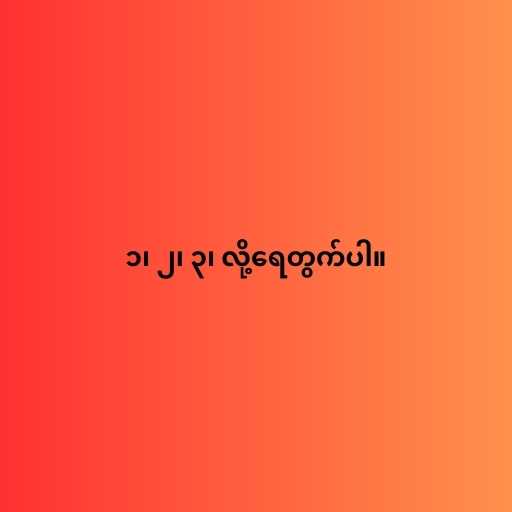
၁၊ ၂၊ ၃၊ လို့ရေတွက်ပါ။